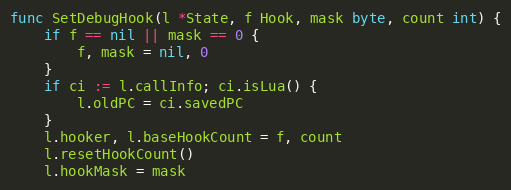
Language: Go
func SetDebugHook(l *State, f Hook, mask byte, count int) {
	if f == nil || mask == 0 {
		f, mask = nil, 0
	}
	if ci := l.callInfo; ci.isLua() {
		l.oldPC = ci.savedPC
	}
	l.hooker, l.baseHookCount = f, count
	l.resetHookCount()
	l.hookMask = mask